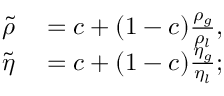
\begin{array} { r l } { \Tilde { \rho } } & { { } = c + ( 1 - c ) \frac { \rho _ { g } } { \rho _ { l } } , } \\ { \Tilde { \eta } } & { { } = c + ( 1 - c ) \frac { \eta _ { g } } { \eta _ { l } } ; } \end{array}